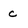
Character: c